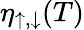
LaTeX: \eta_{\uparrow,\downarrow}(T)